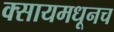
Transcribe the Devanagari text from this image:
क्सायमधूनच